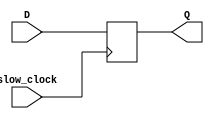
`timescale 1ns / 1ps
//////////////////////////////////////////////////////////////////////////////////
// Company: 
// Engineer: 
// 
// Design Name: 
// Module Name: dff
// Project Name: 
// Target Devices: 
// Tool Versions: 
// Description: 
// 
// Dependencies: 
// 
// Revision:
// Revision 0.01 - File Created
// Additional Comments:
// 
//////////////////////////////////////////////////////////////////////////////////


module dff(
    input slow_clock,
    input D,
    output reg Q
    );
    
    always @ (posedge slow_clock) begin
        Q <= D;
    end
    
endmodule